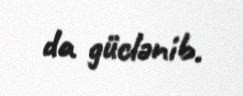
da güclənib.